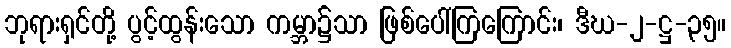
ဘုရားရှင်တို့ ပွင့်ထွန်းသော ကမ္ဘာ၌သာ ဖြစ်ပေါ်ကြကြောင်း၊ ဒီဃ-၂-ဋ္ဌ-၃၅။